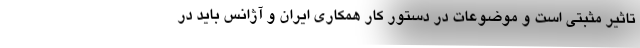
تاثیر مثبتی است و موضوعات در دستور کار همکاری ایران و آژانس باید در